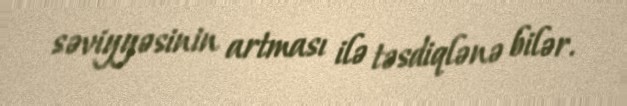
səviyyəsinin artması ilə təsdiqlənə bilər.